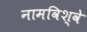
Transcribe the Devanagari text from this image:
नामविश्वे